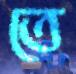
তে